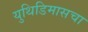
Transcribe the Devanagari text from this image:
युथिडिमासचा